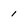
Character: 1